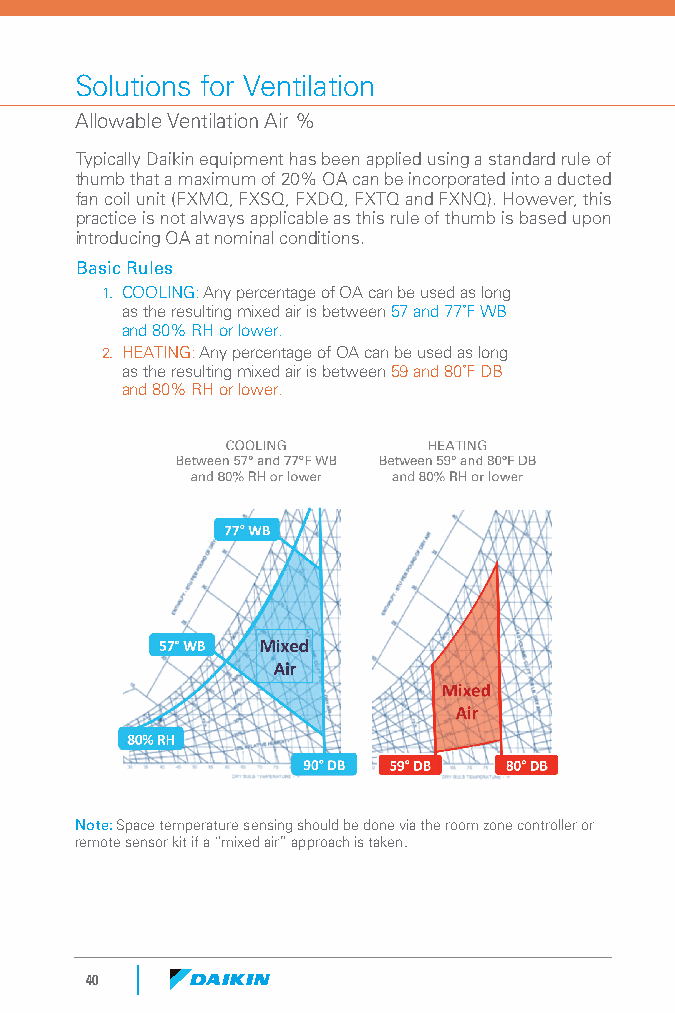
Solutions for Ventilation
 Allowable Ventilation Air %
 Typically Daikin equipment has been applied using a standard rule of
 thumb that a maximum of 20% OA can be incorporated into a ducted
 fan coil unit (FXMQ, FXSQ, FXDQ, FXTQ and FXNQ). However, this
 practice is not always applicable as this rule of thumb is based upon
 introducing OA at nominal conditions.
 Basic Rules
 1. COOLING: Any percentage of OA can be used as long
 as the resulting mixed air is between 57 and 77˚F WB
 and 80% RH or lower.
 2. HEATING: Any percentage of OA can be used as long
 as the resulting mixed air is between 59 and 80˚F DB
 and 80% RH or lower.
 Note: Space temperature sensing should be done via the room zone controller or
 remote sensor kit if a “mixed air” approach is taken.
 40